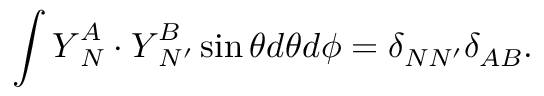
\int \boldsymbol { Y } _ { N } ^ { A } \cdot \boldsymbol { Y } _ { N ^ { \prime } } ^ { B } \sin \theta d \theta d \phi = \delta _ { N N ^ { \prime } } \delta _ { A B } .